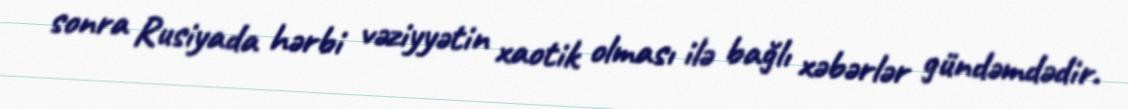
sonra Rusiyada hərbi vəziyyətin xaotik olması ilə bağlı xəbərlər gündəmdədir.